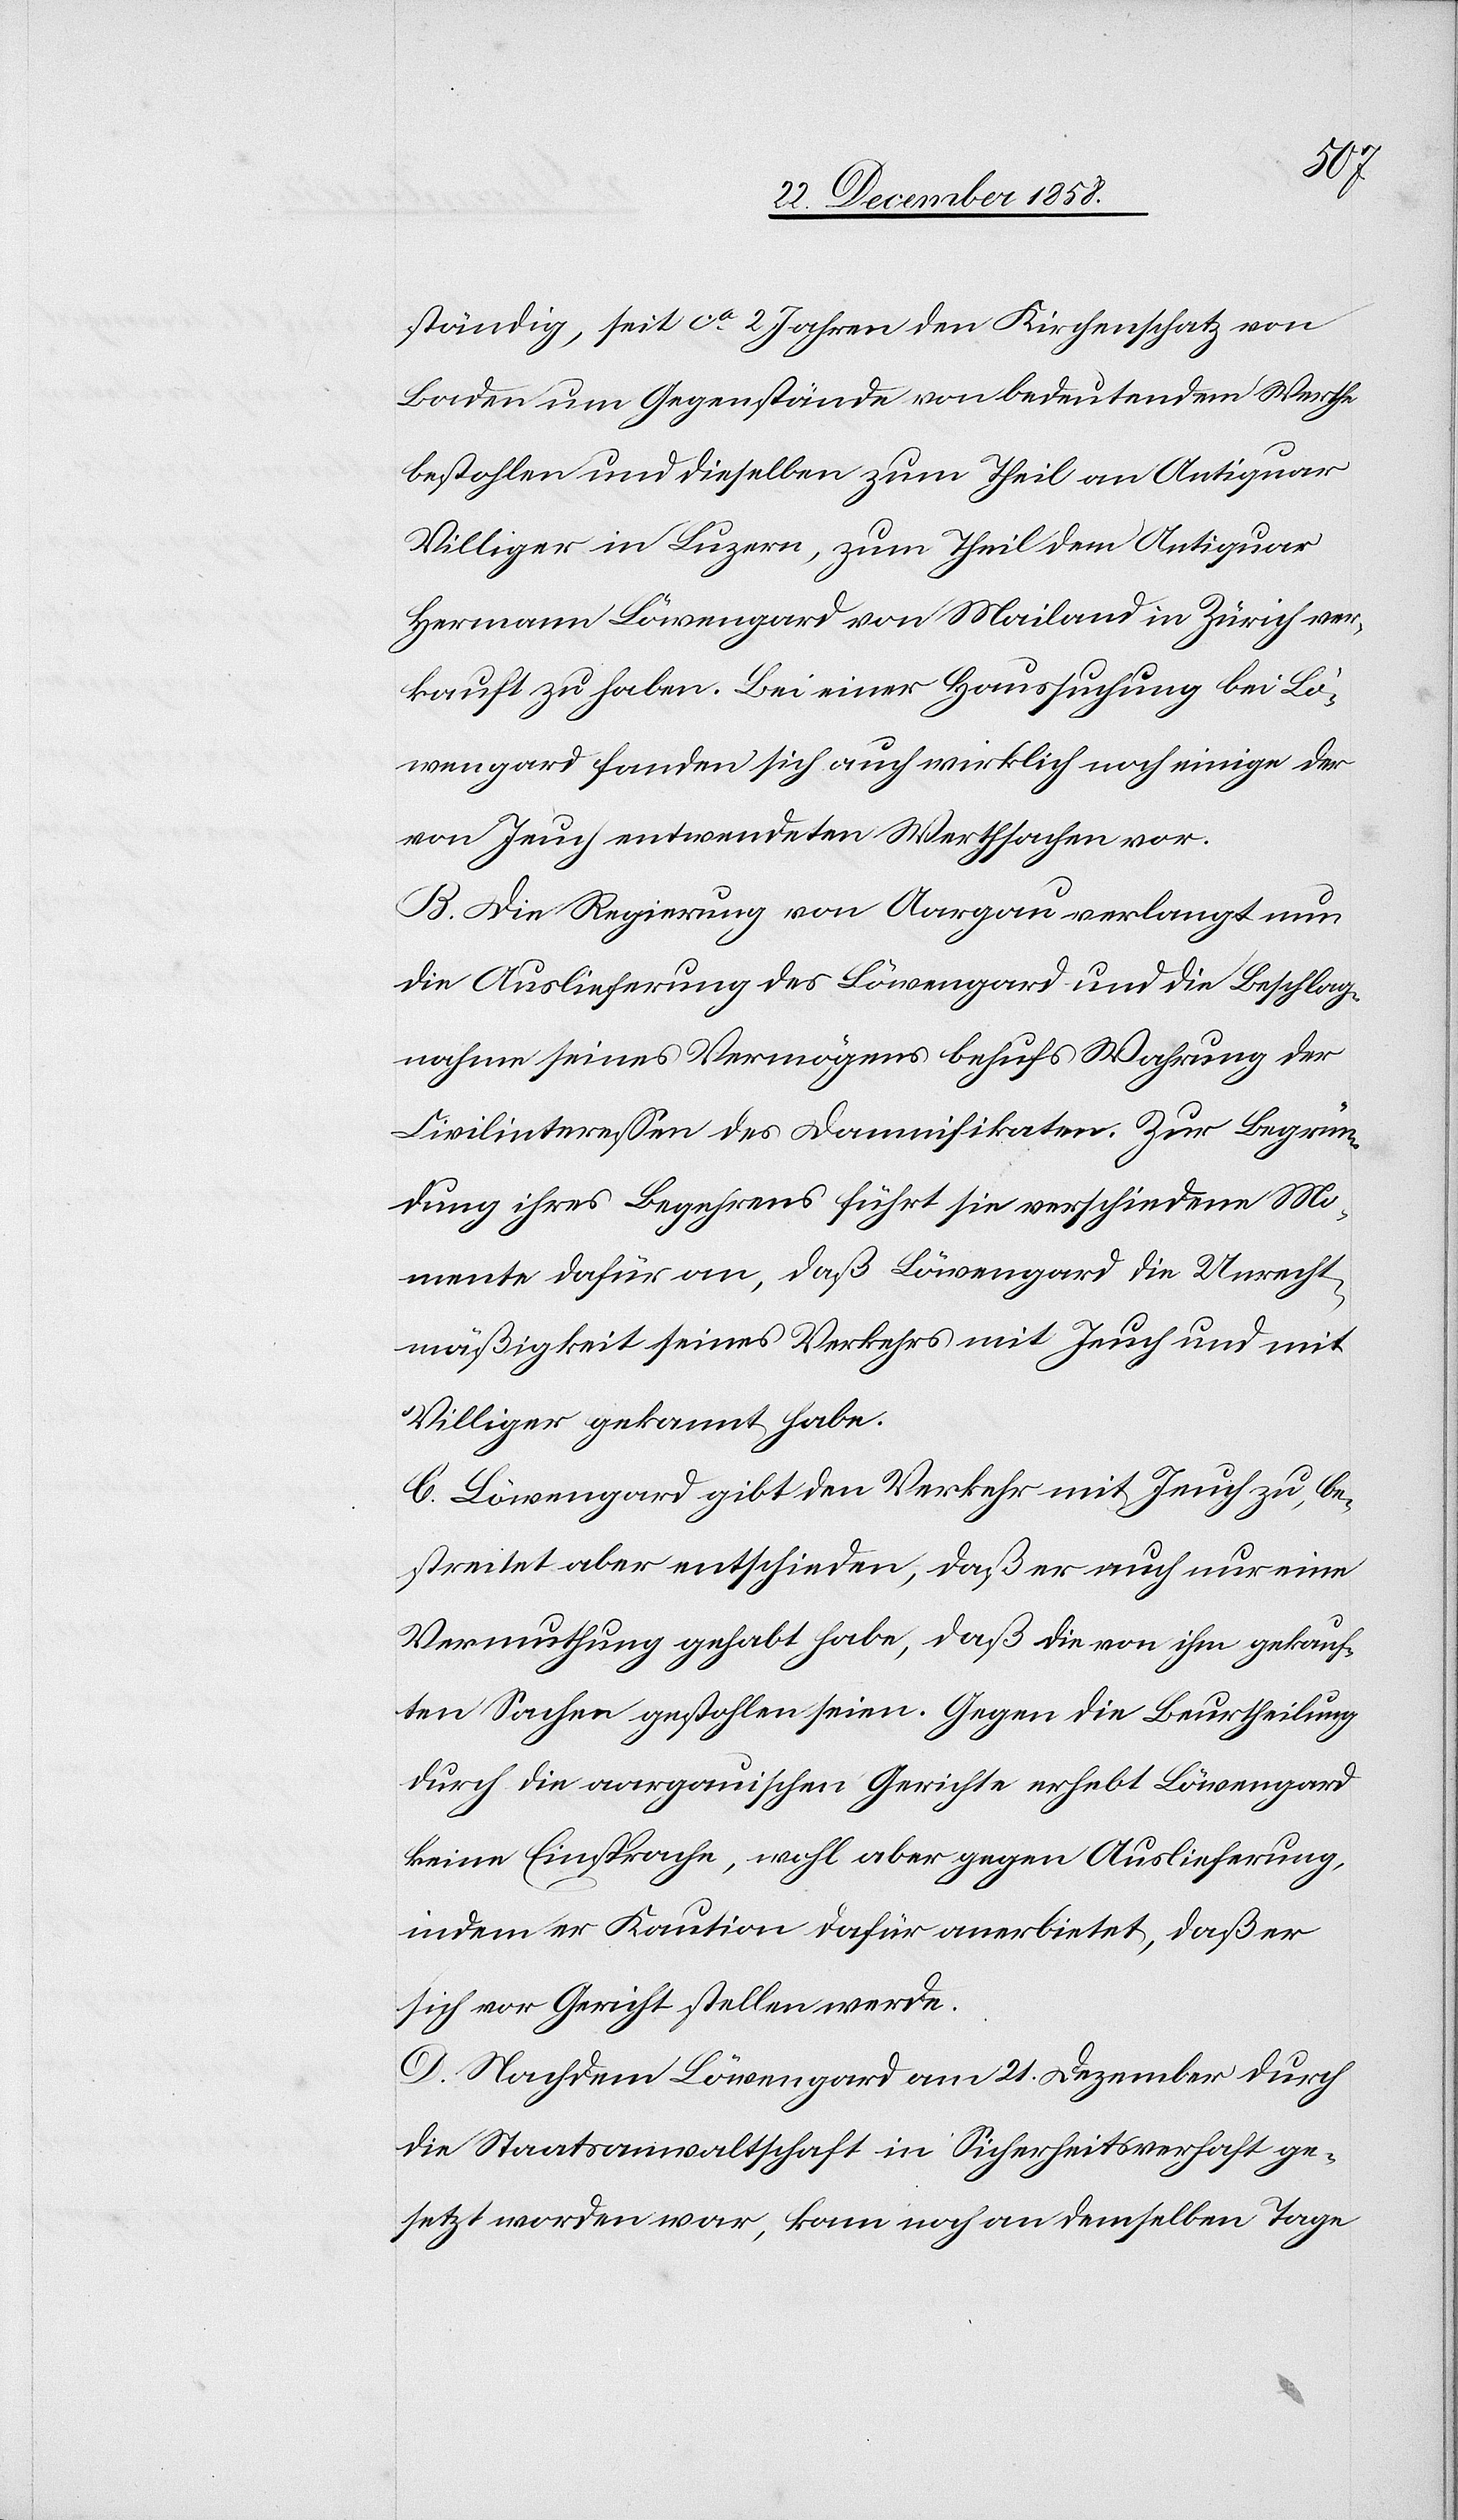
ständig, seit ca 2 Jahren den Kirchenschatz von
Baden um Gegenstände von bedeutendem Werthe
bestohlen und dieselben zum Theil an Antiquar
Villiger in Luzern, zum Theil dem Antiquar
Hermann Löwengard von Mailand in Zürich ver¬
kauft zu haben. Bei einer Haussuchung bei Lö¬
wengard fanden sich auch wirklich noch einige der
von Jeuch entwendeten Werthsachen vor.
B. Die Regierung von Aargau verlangt nun
die Auslieferung des Löwengard und die Beschlag¬
nahme seines Vermögens behufs Wahrung der
Civilinteressen des Damnifikaten. Zur Begrün¬
dung ihres Begehrens führt sie verschiedene Mo¬
mente dafür an, daß Löwengard die Unrecht¬
mäßigkeit seines Verkehrs mit Jeuch und mit
Villiger gekannt habe.
C. Löwengard gibt den Verkehr mit Jeuch zu, be¬
streitet aber entschieden, daß er auch nur eine
Vermuthung gehabt habe, daß die von ihm gekauf¬
ten Sachen gestohlen seien. Gegen die Beurtheilung
durch die aargauischen Gerichte erhebt Löwengard
keine Einsprache, wohl aber gegen Auslieferung,
indem er Kaution dafür anerbietet, daß er
sich vor Gericht stellen werde.
D. Nachdem Löwengard am 21. Dezember durch
die Staatsanwaltschaft in Sicherheitsverhaft ge¬
setzt worden war, kam noch an demselben Tage